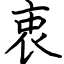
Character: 衷